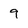
Character: 9